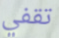
تقفي